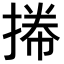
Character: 𢯭